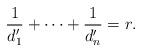
LaTeX: \begin{align*}\frac{1}{d'_1} + \cdots + \frac{1}{d'_n} = r.\end{align*}